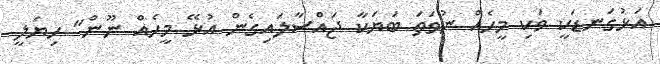
އަޅުގަނޑަކީ ވަކި މީހެއް ނުވަތަ ބަޔަކާ ޖައްސާލައިގެން އުޅޭ މީހެއް ނޫން" ހިޔަލީ